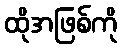
ထိုအဖြစ်ကို